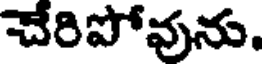
చేరిపోవును.